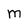
Character: M